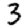
Digit: 3